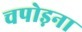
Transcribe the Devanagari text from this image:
चपोड़ना